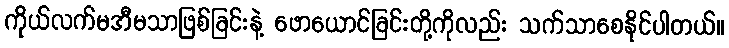
ကိုယ်လက်မအီမသာဖြစ်ခြင်းနဲ့ ဖောယောင်ခြင်းတို့ကိုလည်း သက်သာစေနိုင်ပါတယ်။